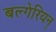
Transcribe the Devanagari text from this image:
बल्गेरियन्